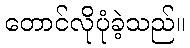
တောင်လိုပုံခဲ့သည်။